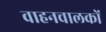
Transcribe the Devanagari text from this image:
वाहनचालकों